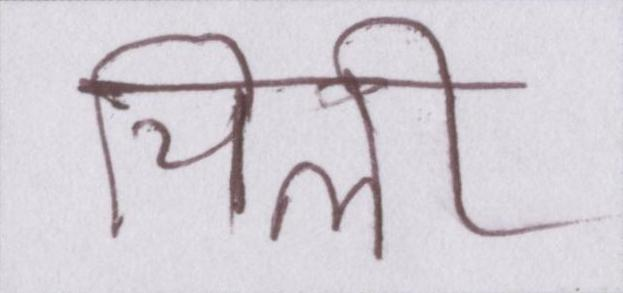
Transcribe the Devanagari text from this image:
चिली